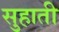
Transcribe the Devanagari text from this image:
सुहाती